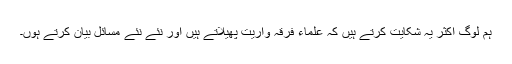
ہم لوگ اکثر یہ شکایت کرتے ہیں کہ علماء فرقہ واریت پھیلاتے ہیں اور نئے نئے مسائل بیان کرتے ہوں۔